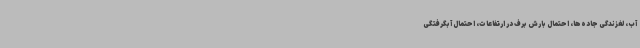
آب، لغزندگی جاده‌ها، احتمال بارش برف در ارتفاعات، احتمال آبگرفتگی